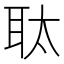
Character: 𮋮